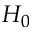
H _ { 0 }